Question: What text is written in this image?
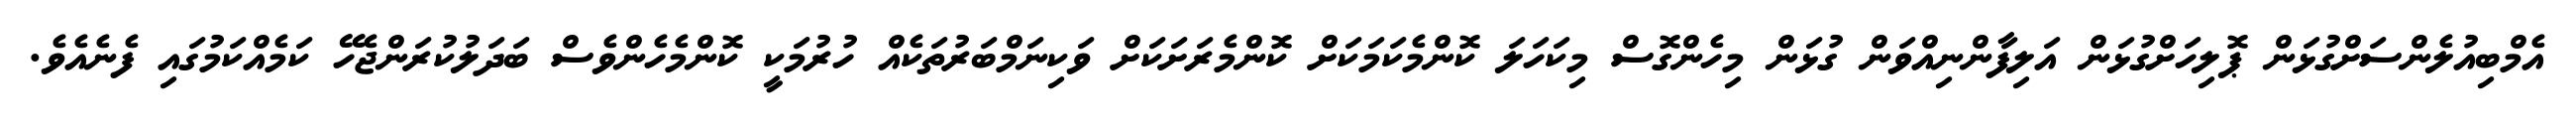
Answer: އެމްބިއުލެންސަށްގުޅަން ޕޮލިހަށްގުޅަން އަލިފާންނިއްވަން ގުޅަން މިހެންގޮސް މިކަހަލަ ކޮންމެކަމަކަށް ކޮންމެރަށަކަށް ވަކިނަމްބަރުތަކެއް ހުރުމަކީ ކޮންމެހެންވެސް ބަދަލުކުރަންޖެހޭ ކަމެއްކަމުގައި ފެނެއެވެ.